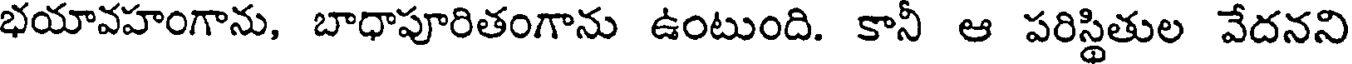
భయావహంగాను, బాధాపూరితంగాను ఉంటుంది. కానీ ఆ పరిస్థితుల వేదనని